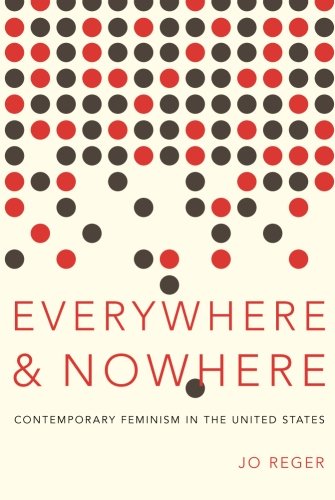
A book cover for Everywhere and Nowhere: Contemporary Feminism in the United States; Jo Reger; Gay & Lesbian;